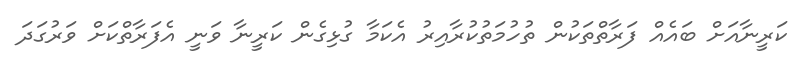
ކަރީނާއަށް ބައެއް ފަރާތްތަކުން ތުހުމަތުކުރާއިރު އެކަމާ ގުޅިގެން ކަރީނާ ވަނީ އެފަރާތްކަށް ވަރުގަދަ